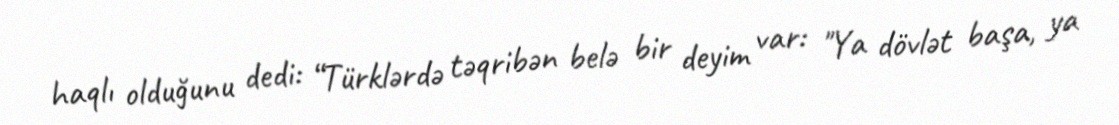
haqlı olduğunu dedi: “Türklərdə təqribən belə bir deyim var: "Ya dövlət başa, ya